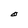
Character: O